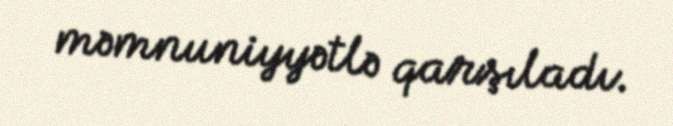
məmnuniyyətlə qarşıladı.